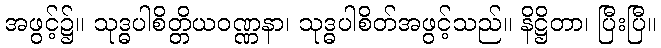
အဖွင့်၌။ သုဒ္ဓပါစိတ္တိယဝဏ္ဏနာ၊ သုဒ္ဓပါစိတ်အဖွင့်သည်။ နိဋ္ဌိတာ၊ ပြီးပြီ။